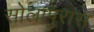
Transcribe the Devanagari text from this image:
सोलापुरास